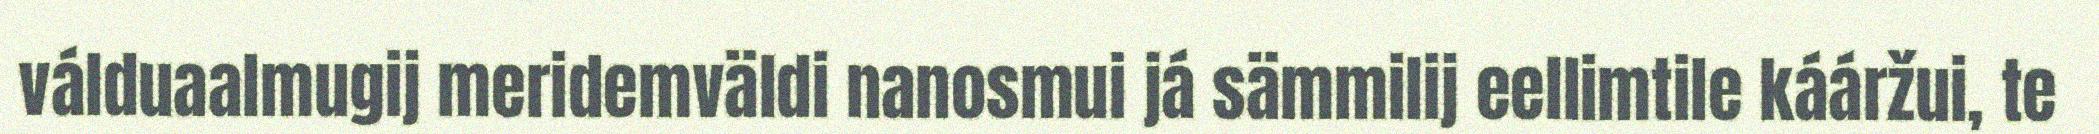
válduaalmugij meridemväldi nanosmui já sämmilij eellimtile kááržui, te